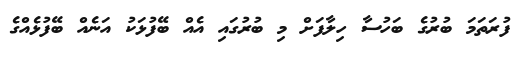
ފުރަތަމަ ބުރުގެ ބަހުސާ ހިލާފަށް މި ބުރުގައި އެއް ބޭފުޅަކު އަނެއް ބޭފުޅެއްގެ